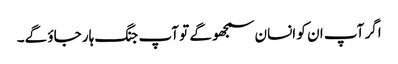
اگر آپ ان کو انسان سمجھو گے تو آپ جنگ ہار جاؤ گے۔